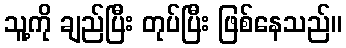
သူ့ကို ချည်ပြီး တုပ်ပြီး ဖြစ်နေသည်။